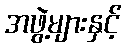
အဖွဲ့များနှင့်